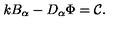
k B _ { \alpha } - D _ { \alpha } \Phi = { \cal C } \mathrm { . }